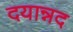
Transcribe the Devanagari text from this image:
दयान्नद